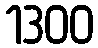
1300